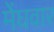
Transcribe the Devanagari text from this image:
मेंघवार